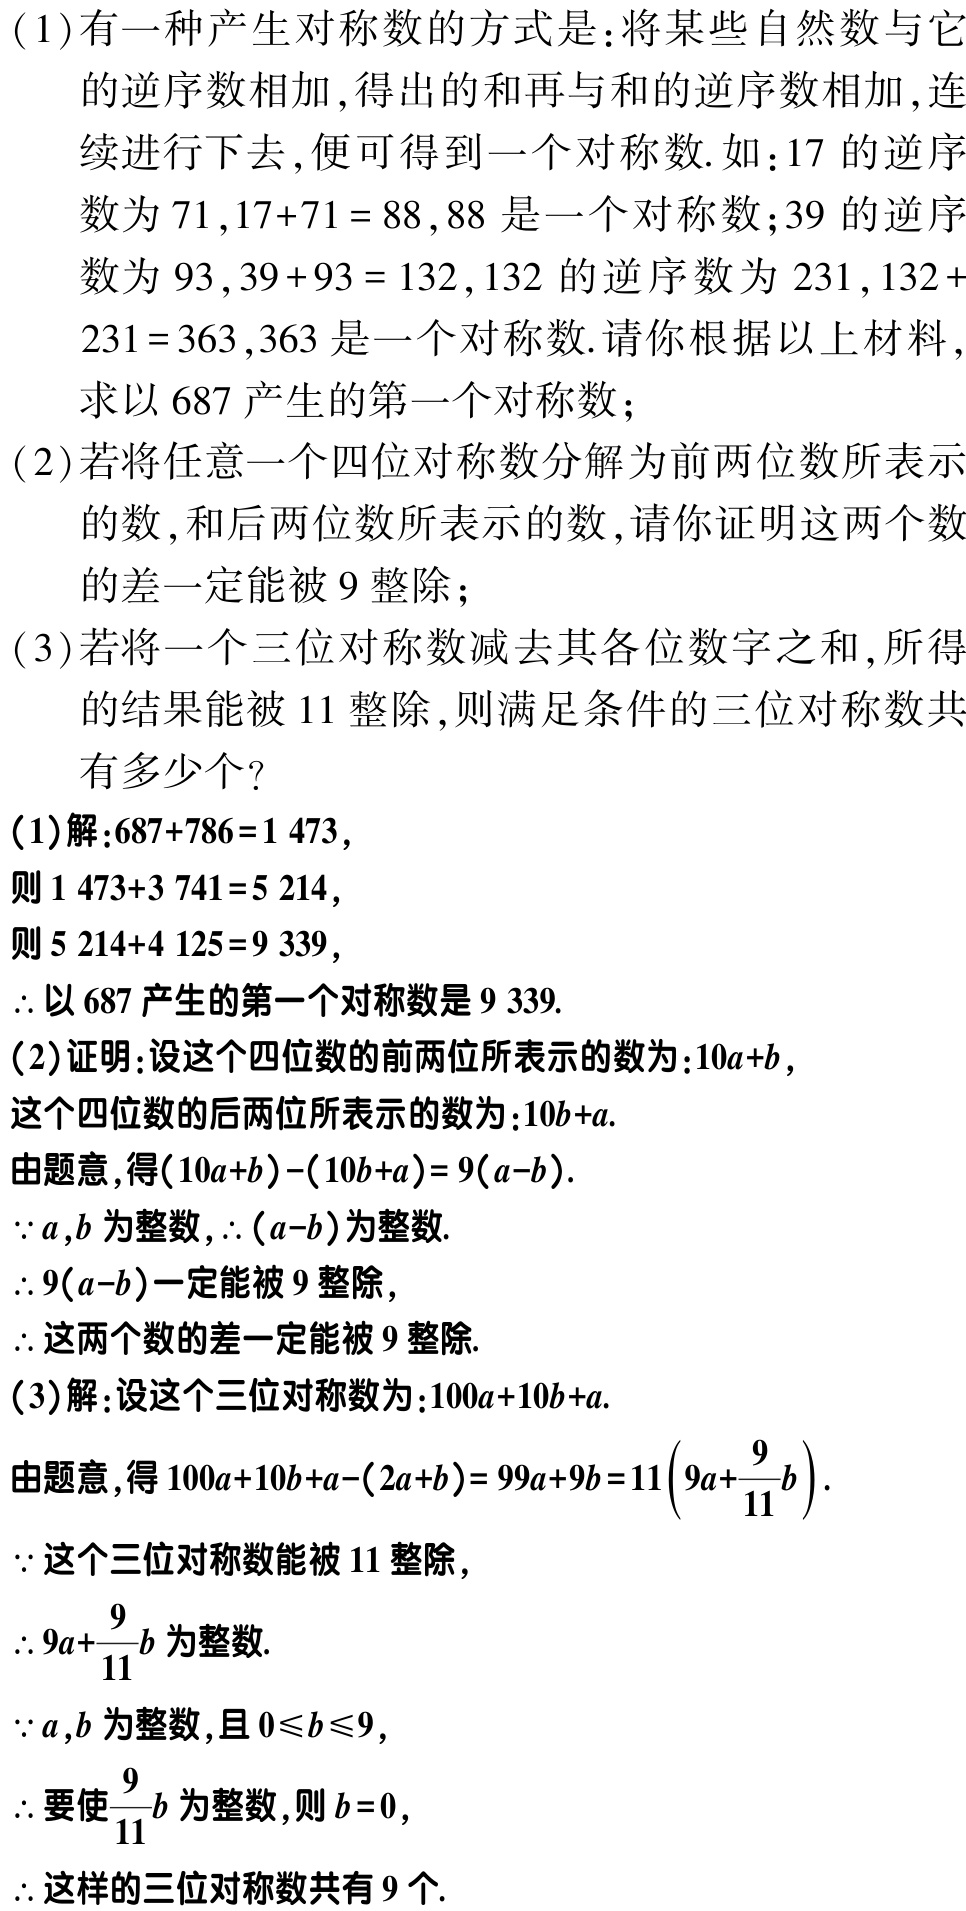
(1)解：

\[

\begin{align*}

687 + 786&=1473,\\

1473+3741&=5214,\\

5214 + 4125&=9339,

\end{align*}

\]

\(\therefore\)以\(687\)产生的第一个对称数是\(9339\).

(2)证明：设这个四位数的前两位所表示的数为：\(10a + b\)，这个四位数的后两位所表示的数为：\(10b + a\).

由题意，得\((10a + b)-(10b + a)=9(a - b)\).

\(\because a,b\)为整数，\(\therefore (a - b)\)为整数.

\(\therefore 9(a - b)\)一定能被\(9\)整除，

\(\therefore\)这两个数的差一定能被\(9\)整除.

(3)解：设这个三位对称数为：\(100a+10b + a\).

由题意，得\(100a + 10b + a-(2a + b)=99a + 9b=11\left(9a+\frac{9}{11}b\right)\).

\(\because\)这个三位对称数能被\(11\)整除，

\(\therefore 9a+\frac{9}{11}b\)为整数.

\(\because a,b\)为整数，且\(0\leqslant b\leqslant9\)，

\(\therefore\)要使\(\frac{9}{11}b\)为整数，则\(b = 0\)，

\(\therefore\)这样的三位对称数共有\(9\)个.